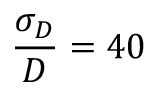
\frac { \sigma _ { D } } { D } = 4 0 \, \